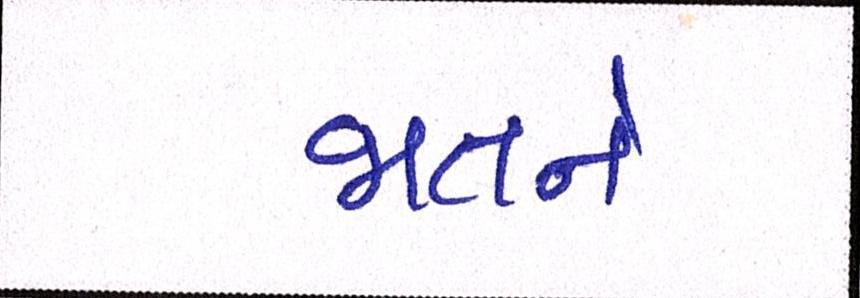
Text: જાતને